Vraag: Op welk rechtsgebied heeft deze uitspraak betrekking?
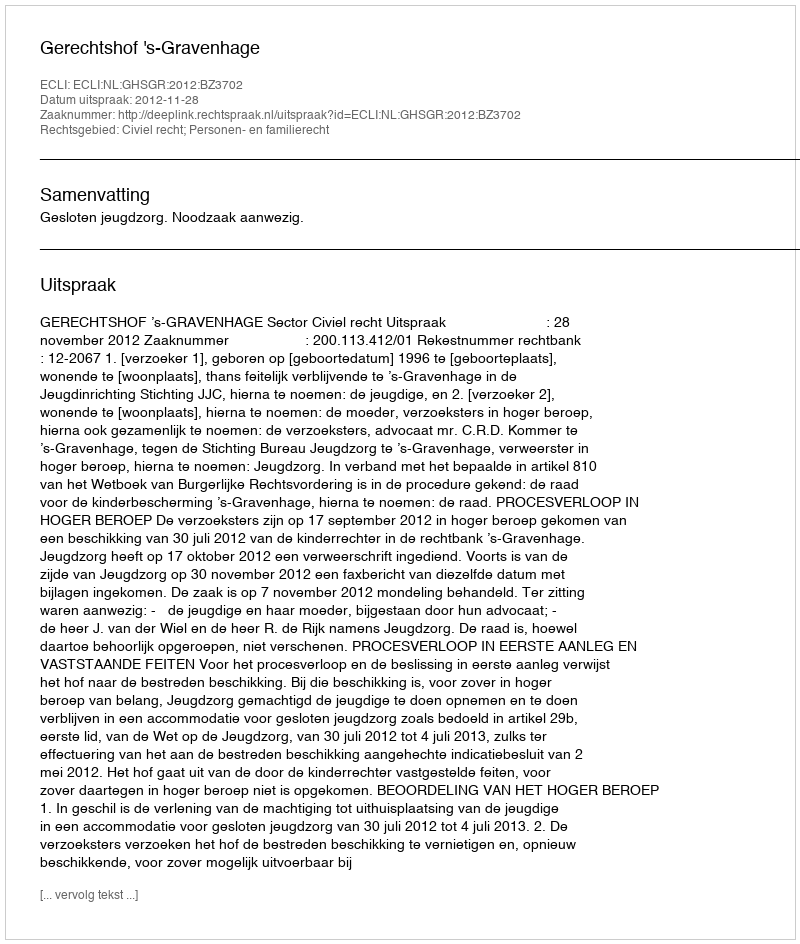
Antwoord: Civiel recht; Personen- en familierecht